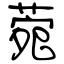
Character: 菀